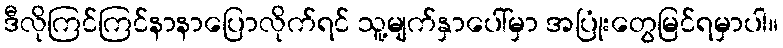
ဒီလိုကြင်ကြင်နာနာပြောလိုက်ရင် သူ့မျက်နှာပေါ်မှာ အပြုံးတွေမြင်ရမှာပါ။